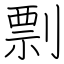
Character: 剽